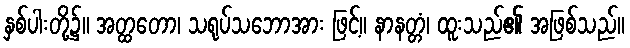
နှစ်ပါးတို့၌။ အတ္ထတော၊ သရုပ်သဘောအား ဖြင့်။ နာနတ္တံ၊ ထူးသည်၏ အဖြစ်သည်။